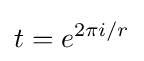
t=e^{2\pi i/r}